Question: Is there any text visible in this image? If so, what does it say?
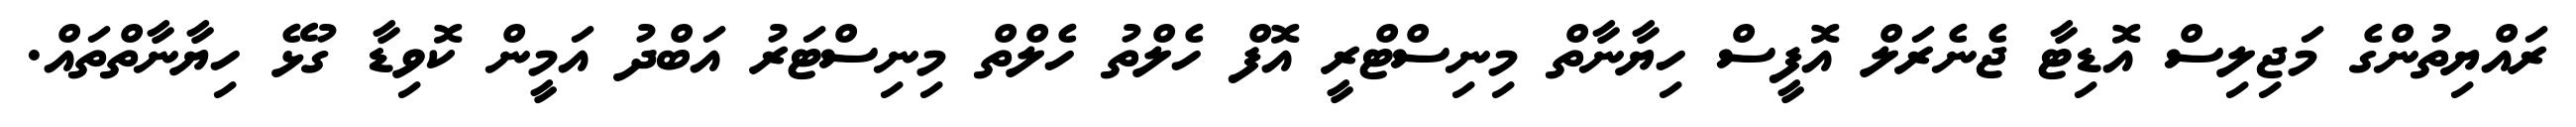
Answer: ރައްޔިތުންގެ މަޖިލިސް އޮޑިޓާ ޖެނެރަލް އޮފީސް ހިޔާނާތް މިނިސްޓްރީ އޮފް ހެލްތު ހެލްތް މިނިސްޓަރު އަބްދު އަމީން ކޮވިޑާ ގުޅޭ ހިޔާނާތްތައް.